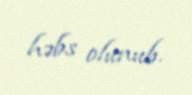
həbs olunub.